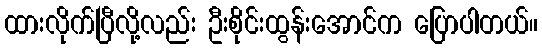
ထားလိုက်ပြီလို့လည်း ဦးစိုင်းထွန်းအောင်က ပြောပါတယ်။